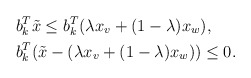
\begin{align*} & b_k^T\Tilde{x}\le b_k^T(\lambda x_v + (1-\lambda)x_w),\\ &b_k^T(\Tilde{x}-(\lambda x_v + (1-\lambda)x_w))\le0. \end{align*}